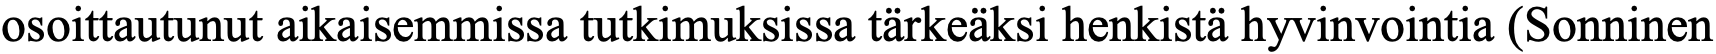
osoittautunut aikaisemmissa tutkimuksissa tärkeäksi henkistä hyvinvointia (Sonninen